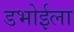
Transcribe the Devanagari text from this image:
डभोईला